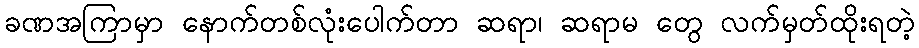
ခဏအကြာမှာ နောက်တစ်လုံးပေါက်တာ ဆရာ၊ ဆရာမ တွေ လက်မှတ်ထိုးရတဲ့